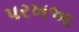
પરખઆ